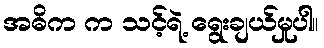
အဓိက က သင့်ရဲ့ ရွေးချယ်မှုပါ။